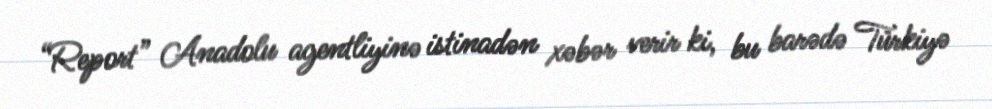
“Report” Anadolu agentliyinə istinadən xəbər verir ki, bu barədə Türkiyə